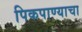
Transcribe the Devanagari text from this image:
पिकपाण्याचा